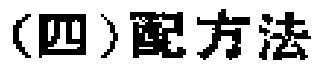
（四）配方法